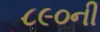
૮૯૦ની